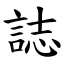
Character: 誌